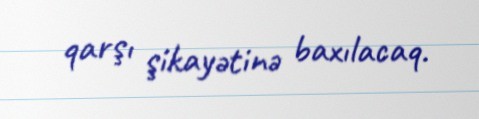
qarşı şikayətinə baxılacaq.